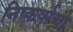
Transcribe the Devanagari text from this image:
निष्कर्षाचा